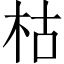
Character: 枯